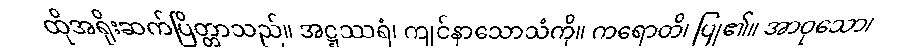
ထိုအရိုးဆက်ပြိတ္တာသည်။ အဋ္ဋဿရံ၊ ကျင်နာသောသံကို။ ကရောတိ၊ ပြု၏။ အာဝုသော၊